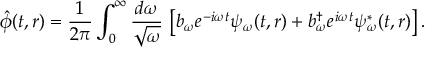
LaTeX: \hat { \phi } ( t , r ) = \frac { 1 } { 2 \pi } \int _ { 0 } ^ { \infty } \frac { d \omega } { \sqrt { \omega } } \, \left[ b _ { \omega } e ^ { - i \omega t } \psi _ { \omega } ( t , r ) + b _ { \omega } ^ { \dagger } e ^ { i \omega t } \psi _ { \omega } ^ { \ast } ( t , r ) \right] .